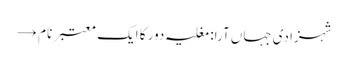
شہزادی جہاں آرا: مغلیہ دور کا ایک معتبر نام →